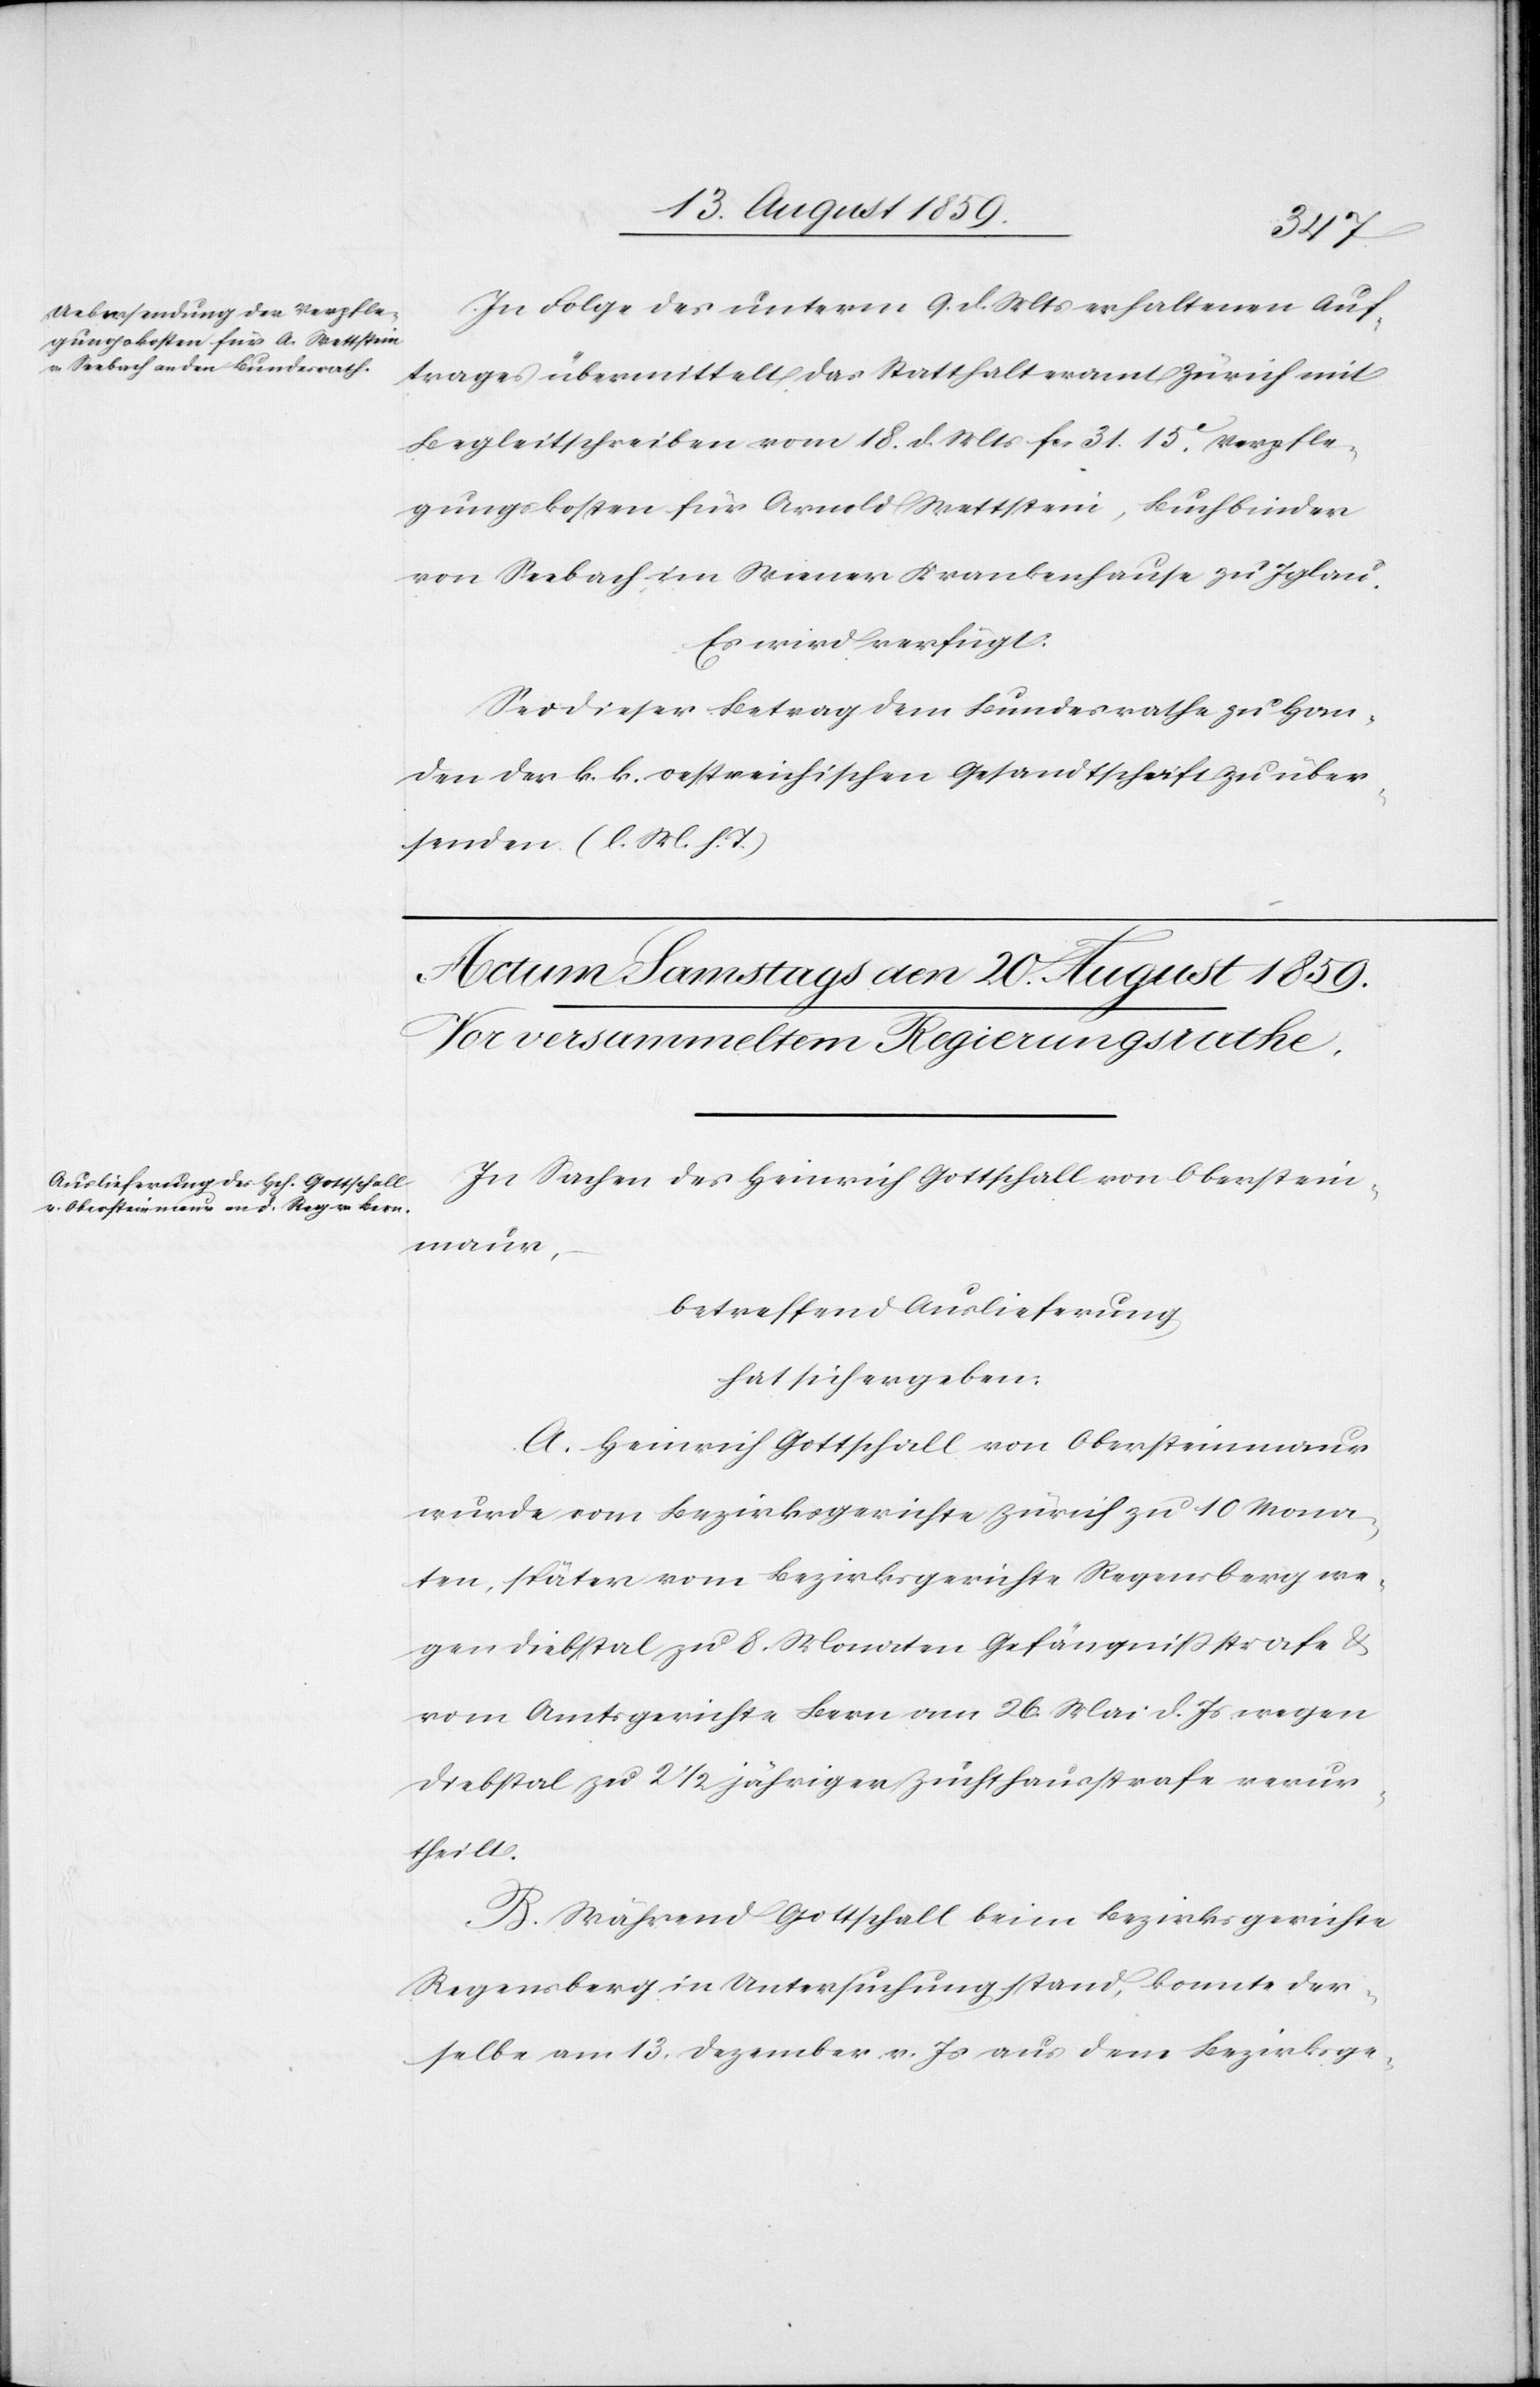
19. August 1859.]
den
In Folge des unterm 9. d. Mts. erhaltenen Auf¬
trages übermittelt das Statthalteramt Zürich mit
Begleitschreiben vom 18. d. Mts. fcs. 31.15, Verpfle¬
gungskosten für Arnold Wettstein, Buchbinder
von Seebach, im Wiener Krankenhause zu Iglau.
Es wird verfügt:
Sei dieser Betrag dem Bundesrathe zu Han¬
den der k. k. oestreichischen Gesandtschaft zu über¬
senden (l. M. h. T.).
In Sachen des Heinrich Gottschall von Oberstein¬
maur,
betreffend Auslieferung
hat sich ergeben:
A. Heinrich Gottschall von Obersteinmaur
wurde vom Bezirksgerichte Zürich zu 10 Mona¬
ten, später vom Bezirksgericht Regensberg we¬
gen Diebstal zu 8. Monaten Gefängnißstrafe u.
vom Amtsgerichte Bern am 26. Mai d. Js. wegen
Diebstahl zu 2 1/2 jähriger Zuchthausstrafe verur¬
theilt.
B. Während Gottschall beim Bezirksgerichte
Regensberg in Untersuchung stand, konnte der¬
selbe am 13. Dezember v. Js. aus dem Bezirksge-